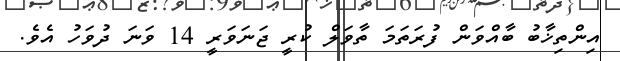
އިންތިޚާބު ބާއްވަން ފުރަތަމަ ތާވަލް ކުރީ ޖަނަވަރީ 14 ވަނަ ދުވަހު އެވެ.